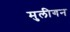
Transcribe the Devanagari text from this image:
मुलीगन